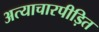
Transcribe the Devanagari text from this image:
अत्याचारपीड़ित